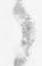
之